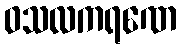
ဝသလကရဏေ